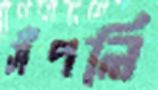
সঁপলি